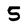
Character: 5